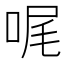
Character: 𠳿